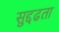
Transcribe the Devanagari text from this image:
सुद्दढता